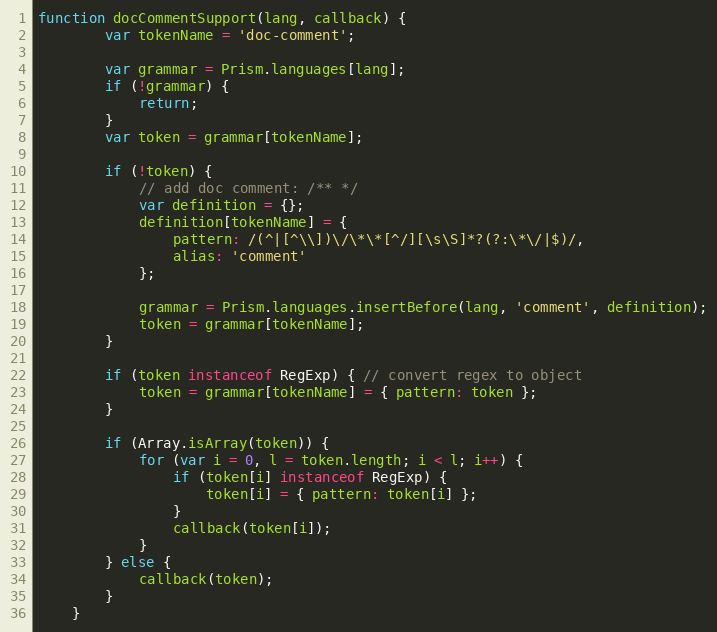
Language: JavaScript
function docCommentSupport(lang, callback) {
		var tokenName = 'doc-comment';

		var grammar = Prism.languages[lang];
		if (!grammar) {
			return;
		}
		var token = grammar[tokenName];

		if (!token) {
			// add doc comment: /** */
			var definition = {};
			definition[tokenName] = {
				pattern: /(^|[^\\])\/\*\*[^/][\s\S]*?(?:\*\/|$)/,
				alias: 'comment'
			};

			grammar = Prism.languages.insertBefore(lang, 'comment', definition);
			token = grammar[tokenName];
		}

		if (token instanceof RegExp) { // convert regex to object
			token = grammar[tokenName] = { pattern: token };
		}

		if (Array.isArray(token)) {
			for (var i = 0, l = token.length; i < l; i++) {
				if (token[i] instanceof RegExp) {
					token[i] = { pattern: token[i] };
				}
				callback(token[i]);
			}
		} else {
			callback(token);
		}
	}